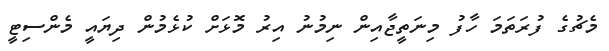
މެޗުގެ ފުރަތަމަ ހާފު މިނަތީޖާއިން ނިމުނު އިރު މޮޅަށް ކުޅެމުން ދިޔައީ މެންސިޓީ